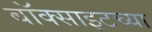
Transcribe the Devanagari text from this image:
बॉक्साइटच्या